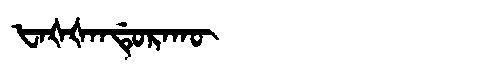
Manchu: ᡶᠠᡧᡧᠠᠨᡩᡠᡵᠠᡴᡡ
Romanization: FAŠŠANDURAKŪ